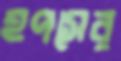
হপসের